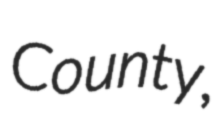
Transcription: County,